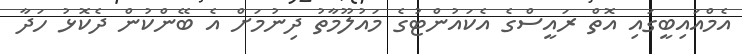
އެމްއައިބީގައި އޮތް ރައީސްގެ އެކައުންޓުގެ މައުލޫމާތު ދިނުމަށް އެ ބޭންކުން ދެކޮޅު ހަދާ